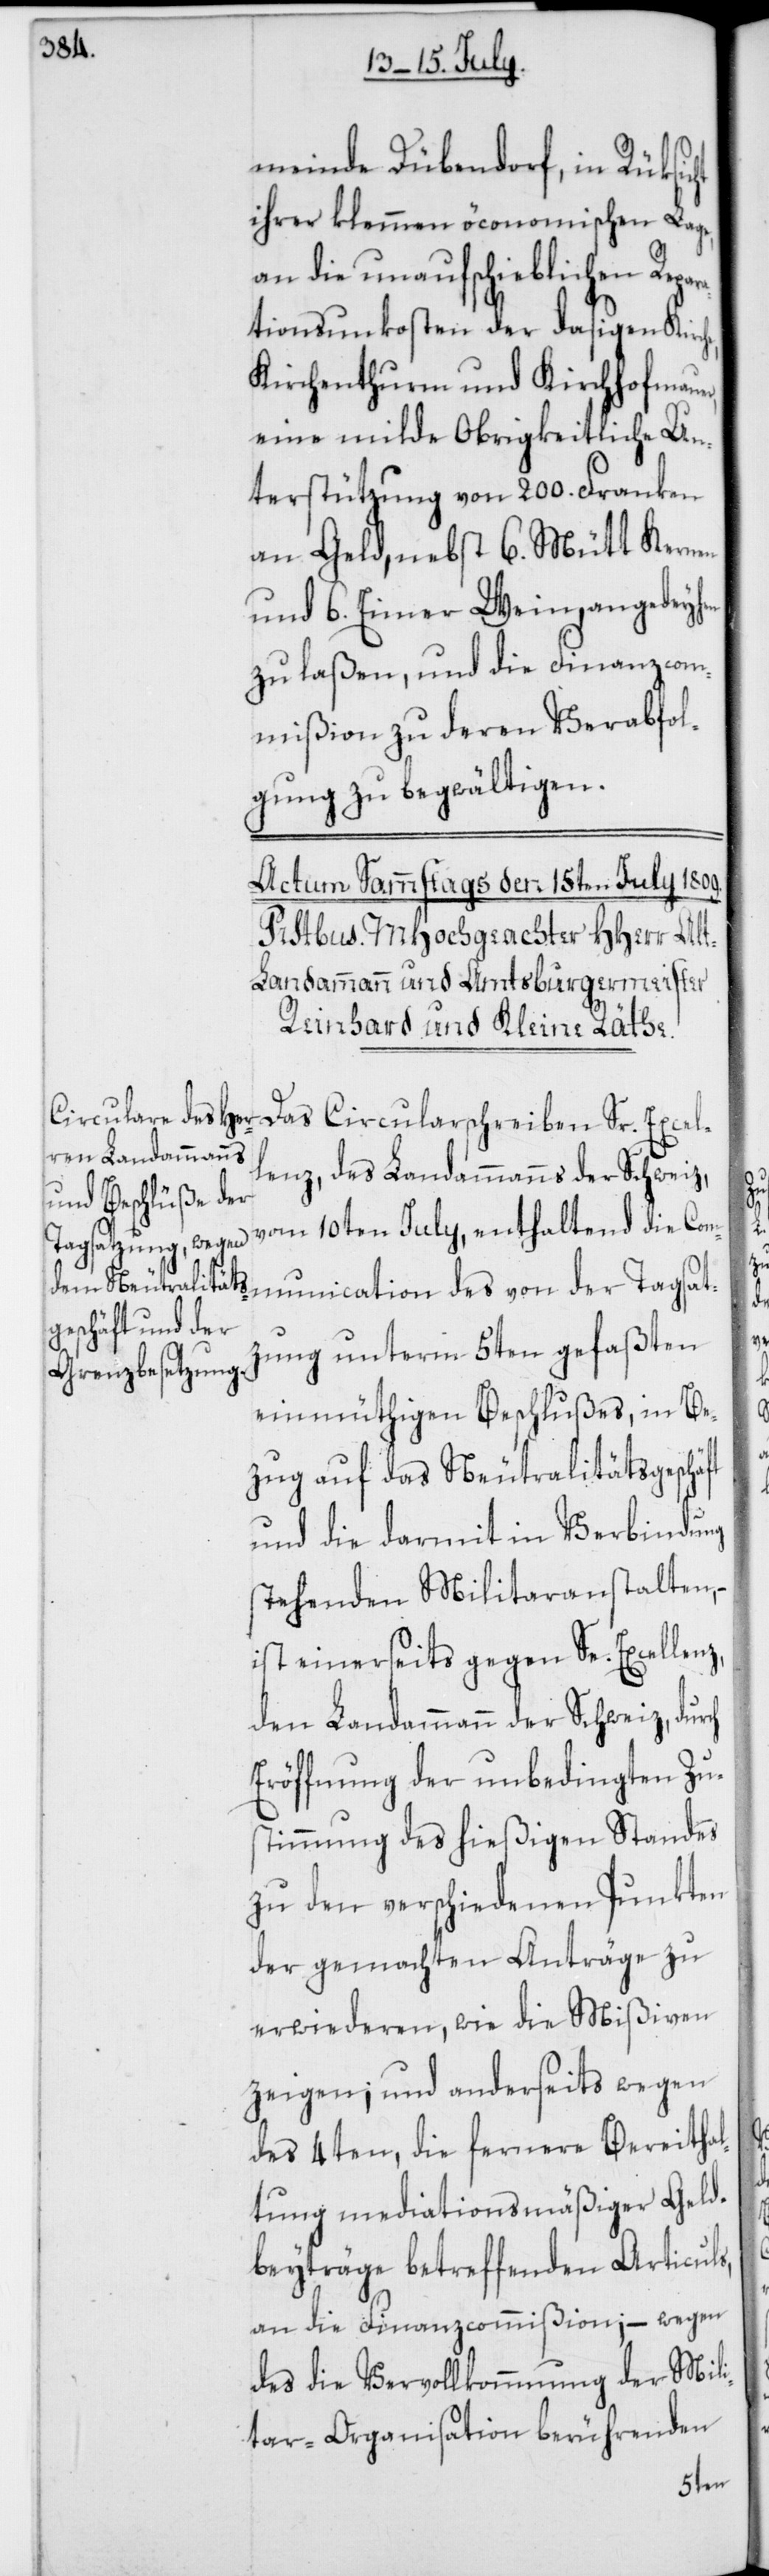
meinde Dübendorf, in Rüksicht
ihrer klemmen öconomischen Lage,
an die unaufschieblichen Repar¬
ationsunkosten der dasigen Kirche,
Kirchenthurm und Kirchhofmauer,
eine milde Obrigkeitliche Un¬
terstützung von 200. Franken
an Geld, nebst 6. Mütt Kernen
und 6. Eimer Wein, angedeihen
zu laßen, und die Finanzcom¬
mißion zu deren Verabfol¬
gung zu begwältigen.
Das Circularschreiben Sr. Excel¬
lenz, des Landammanns der Schweiz,
vom 10ten July, enthaltend die Com¬
munication des von der Tagsatz¬
ung unterm 5ten gefaßten
einmüthigen Beschlußes, in Be¬
zug auf das Neutralitätsgeschä¬
und die darmit in Verbindung
stehenden Militaranstalten,
ist einerseits gegen Se. Excellenz,
den Landammann der Schweiz, durch
Eröffnung der unbedingten Zu¬
stimmung des hießigen Standes
zu den verschiedenen Punkten
der gemachten Anträge zu
erwiederen, wie die Mißiven
zeigen; und anderseits wegen
des 4ten, die fernere Bereitha¬
ltung mediationsmäßiger Geld¬
beyträge betreffenden Articuls,
an die Finanzcommißion; – wegen
des die Vervollkommnung der Mili¬
tar-Organisation berührenden
ft